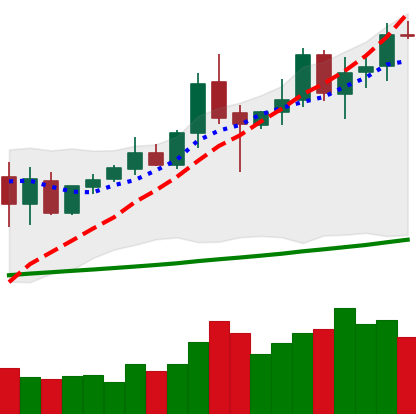
Ticker: XMR-USD
Chart end date: 2020-10-10
Forward return: 12.081%
Label: up_7plus